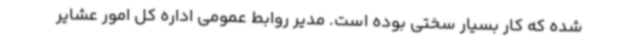
شده که کار بسیار سختی بوده است. مدیر روابط عمومی اداره کل امور عشایر